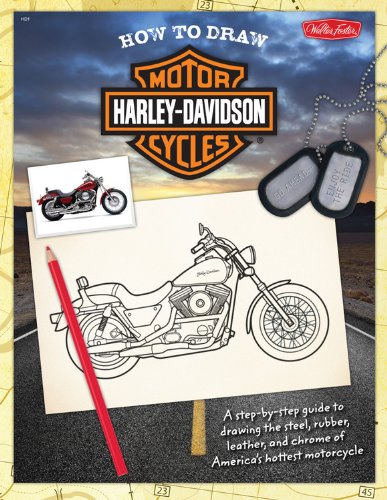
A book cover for How to Draw Harley-Davidson Motorcycles (How to Draw (Walter Foster)); Jickie Torres; Children's Books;